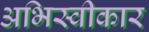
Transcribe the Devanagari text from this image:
अभिस्वीकार